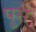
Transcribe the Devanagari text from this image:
पुसै